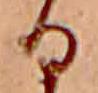
る